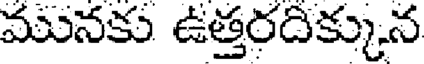
మునకు ఉత్తరదిక్కున